Leningradi_Edasi_toimetus, lk 39
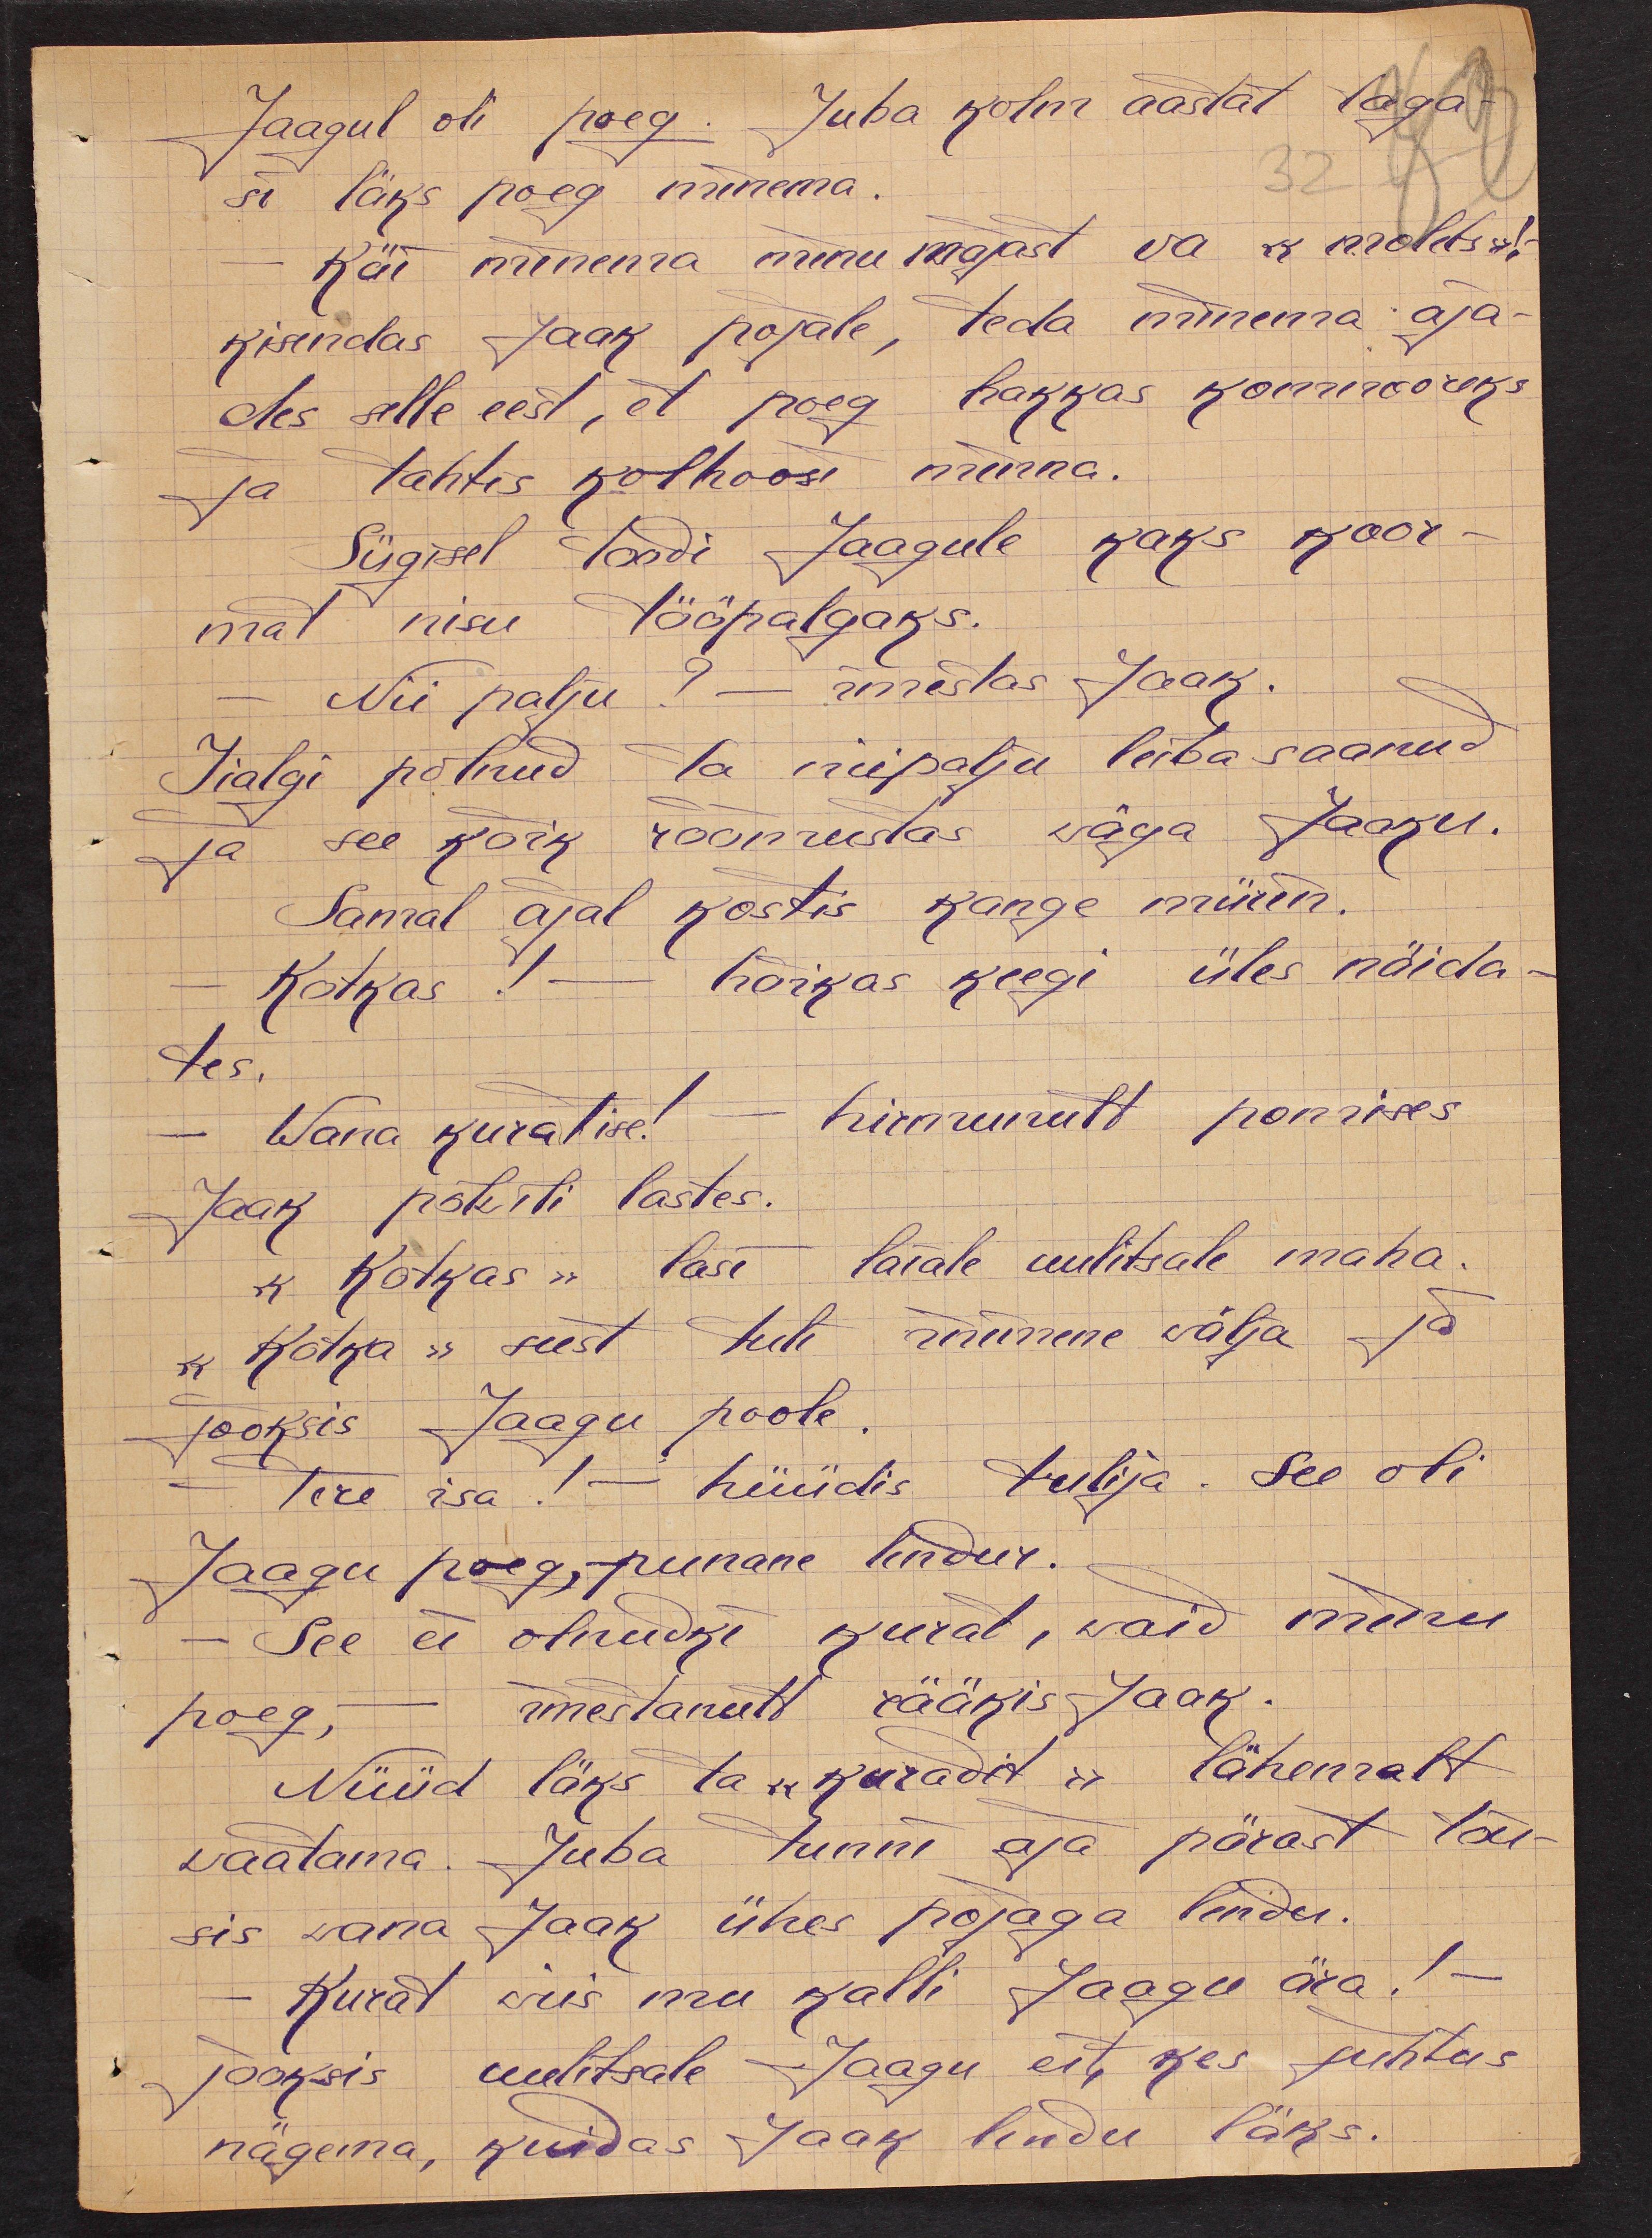
32
Jaagul oli poeg. Juba kolm aastat taga-
si läks poeg minema.
käi minema minu majast va  "moletsk!"
kisendas Jaak pojale, teda minema aja-
des selle eest, et poeg hakkas kominooreks
ja tahtis kolhoosi minna.
Sügisel toodi Jaagule kaks koor-
mat nisu tööpalgaks.
Nii palju? - imestas Jaak.
Iialgi põtnud ta niipalju leiba saanud
ja see kõik rõõmustas wäga Jaaku.
Samal ajal kostis kange mürin.
- Kotkas! - hõikas keegi üles näida
tes.
- Wana kurat ise! -hirmunult pomises
Jaak põlwili lastes.
"Kotkas" lasi laiale uulitsale maha
"kotka" seest tuli inimene välja ja
jooksis Jaagu poole.
- tere isa! - hüüdis tulija. See oli
Jaagu poeg,- punane lendur.
See ei olnudki kurat, waid minu
poeg, imestanult rääkis Jaak.
Nüüd läks ta "kuradit" lähemalt
vaatama. Juba tunni aja pärast tõu-
sis wana Jaak ühes pojaga lendu.
- Kurat siis mu kalli Jaagu ära!-
jooksis uulitsale Jaagu eit, kes juhtus
nägema, kuidas Jaak lendu läks.